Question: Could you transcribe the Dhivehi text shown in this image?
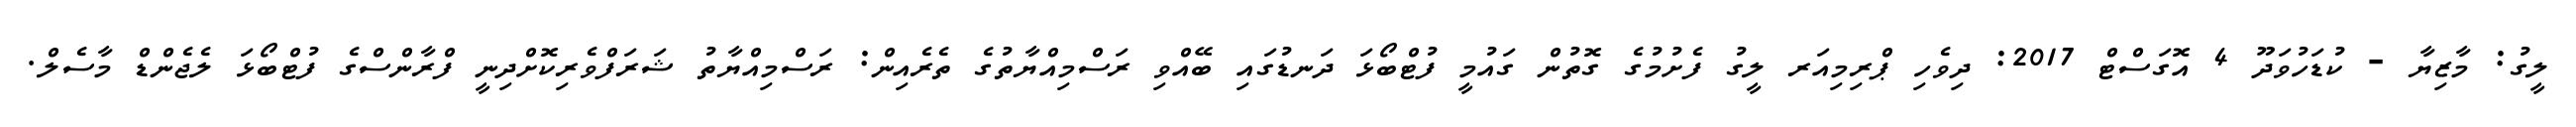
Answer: ލީގު: މާޒިޔާ - ކުޑަހުވަދޫ 4 އޮގަސްޓް 2017: ދިވެހި ޕްރިމިއަރ ލީގު ފެށުމުގެ ގޮތުން ގައުމީ ފުޓްބޯޅަ ދަނޑުގައި ބޭއްވި ރަސްމިއްޔާތުގެ ތެރެއިން: ރަސްމިއްޔާތު ޝަރަފްވެރިކޮށްދިނީ ފްރާންސްގެ ފުޓްބޯޅަ ލެޖެންޑް މާސެލް.